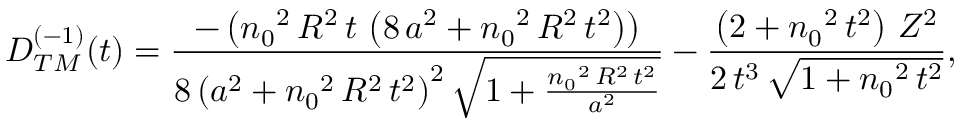
\begin{array} { c } { { D _ { T M } ^ { ( - 1 ) } ( t ) = \displaystyle { \frac { - \left( { n _ { 0 } } ^ { 2 } \, R ^ { 2 } \, t \, \left( 8 \, a ^ { 2 } + { n _ { 0 } } ^ { 2 } \, R ^ { 2 } \, t ^ { 2 } \right) \right) } { 8 \, { \left( a ^ { 2 } + { n _ { 0 } } ^ { 2 } \, R ^ { 2 } \, t ^ { 2 } \right) } ^ { 2 } \, { \sqrt { 1 + \frac { { n _ { 0 } } ^ { 2 } \, R ^ { 2 } \, t ^ { 2 } } { a ^ { 2 } } } } } - \frac { \left( 2 + { n _ { 0 } } ^ { 2 } \, t ^ { 2 } \right) \, Z ^ { 2 } } { 2 \, t ^ { 3 } \, { \sqrt { 1 + { n _ { 0 } } ^ { 2 } \, t ^ { 2 } } } } } , } } \end{array}